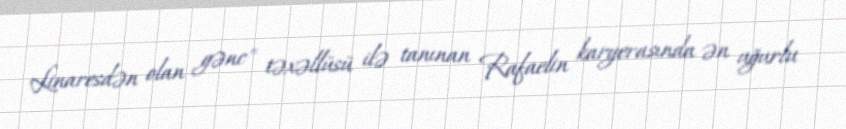
Linaresdən olan gənc" təxəllüsü ilə tanınan Rafaelin karyerasında ən uğurlu